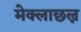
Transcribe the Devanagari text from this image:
मेक्लाछल्न